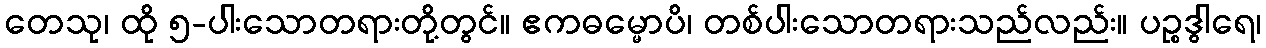
တေသု၊ ထို ၅-ပါးသောတရားတို့တွင်။ ဧကဓမ္မောပိ၊ တစ်ပါးသောတရားသည်လည်း။ ပဉ္စဒွါရေ၊